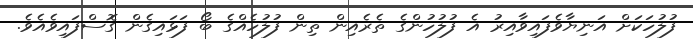
ފުލުހަކަށް އަނިޔާވެފައިވާއިރު އެ ފުލުހުންގެ ތެރެއިން ތިން ފުލުހެއްގެ ބޯ ފަޅައިގެން ގޮސްފައިވެއެވެ.